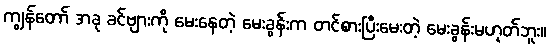
ကျွန်တော် အခု ခင်ဗျားကို မေးနေတဲ့ မေးခွန်းက တင်စားပြီးမေးတဲ့ မေးခွန်းမဟုတ်ဘူး။